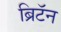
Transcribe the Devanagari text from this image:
ब्रिटॅन